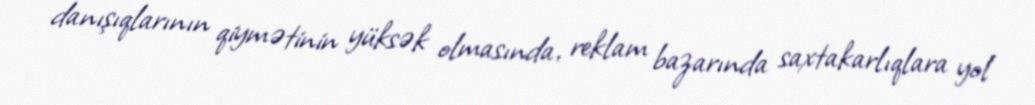
danışıqlarının qiymətinin yüksək olmasında, reklam bazarında saxtakarlıqlara yol